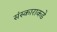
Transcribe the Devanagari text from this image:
संस्काराकडे